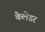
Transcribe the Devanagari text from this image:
कैलेडर